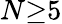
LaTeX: N{\ge}5